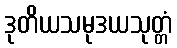
ဒုတိယသမုဒယသုတ္တံ